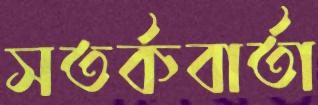
সতর্কবার্তা